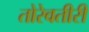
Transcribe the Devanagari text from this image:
तोरेवतीरीं